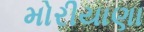
મોરીયાણા